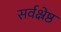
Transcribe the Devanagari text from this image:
सर्वक्ष्रेष्ठ